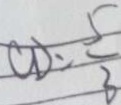
C D = \frac { 5 } { 3 }